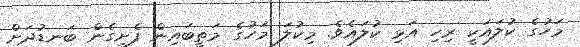
މަހުގެ ކުލައަކީ ރިހި އަޅި ކުލައެވެ. މިކުލަ މަހުގެ މަތީބައިން ފެށިގެން ބަނޑުދަށް